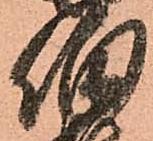
伯